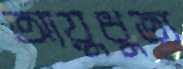
আয়ুধুত্য